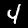
Label: 4